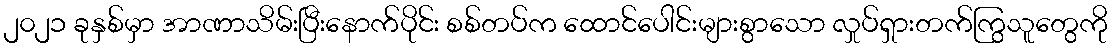
၂၀၂၁ ခုနှစ်မှာ အာဏာသိမ်းပြီးနောက်ပိုင်း စစ်တပ်က ထောင်ပေါင်းများစွာသော လှုပ်ရှားတက်ကြွသူတွေကို